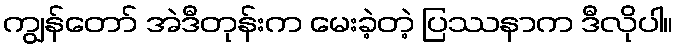
ကျွန်တော် အဲဒီတုန်းက မေးခဲ့တဲ့ ပြဿနာက ဒီလိုပါ။